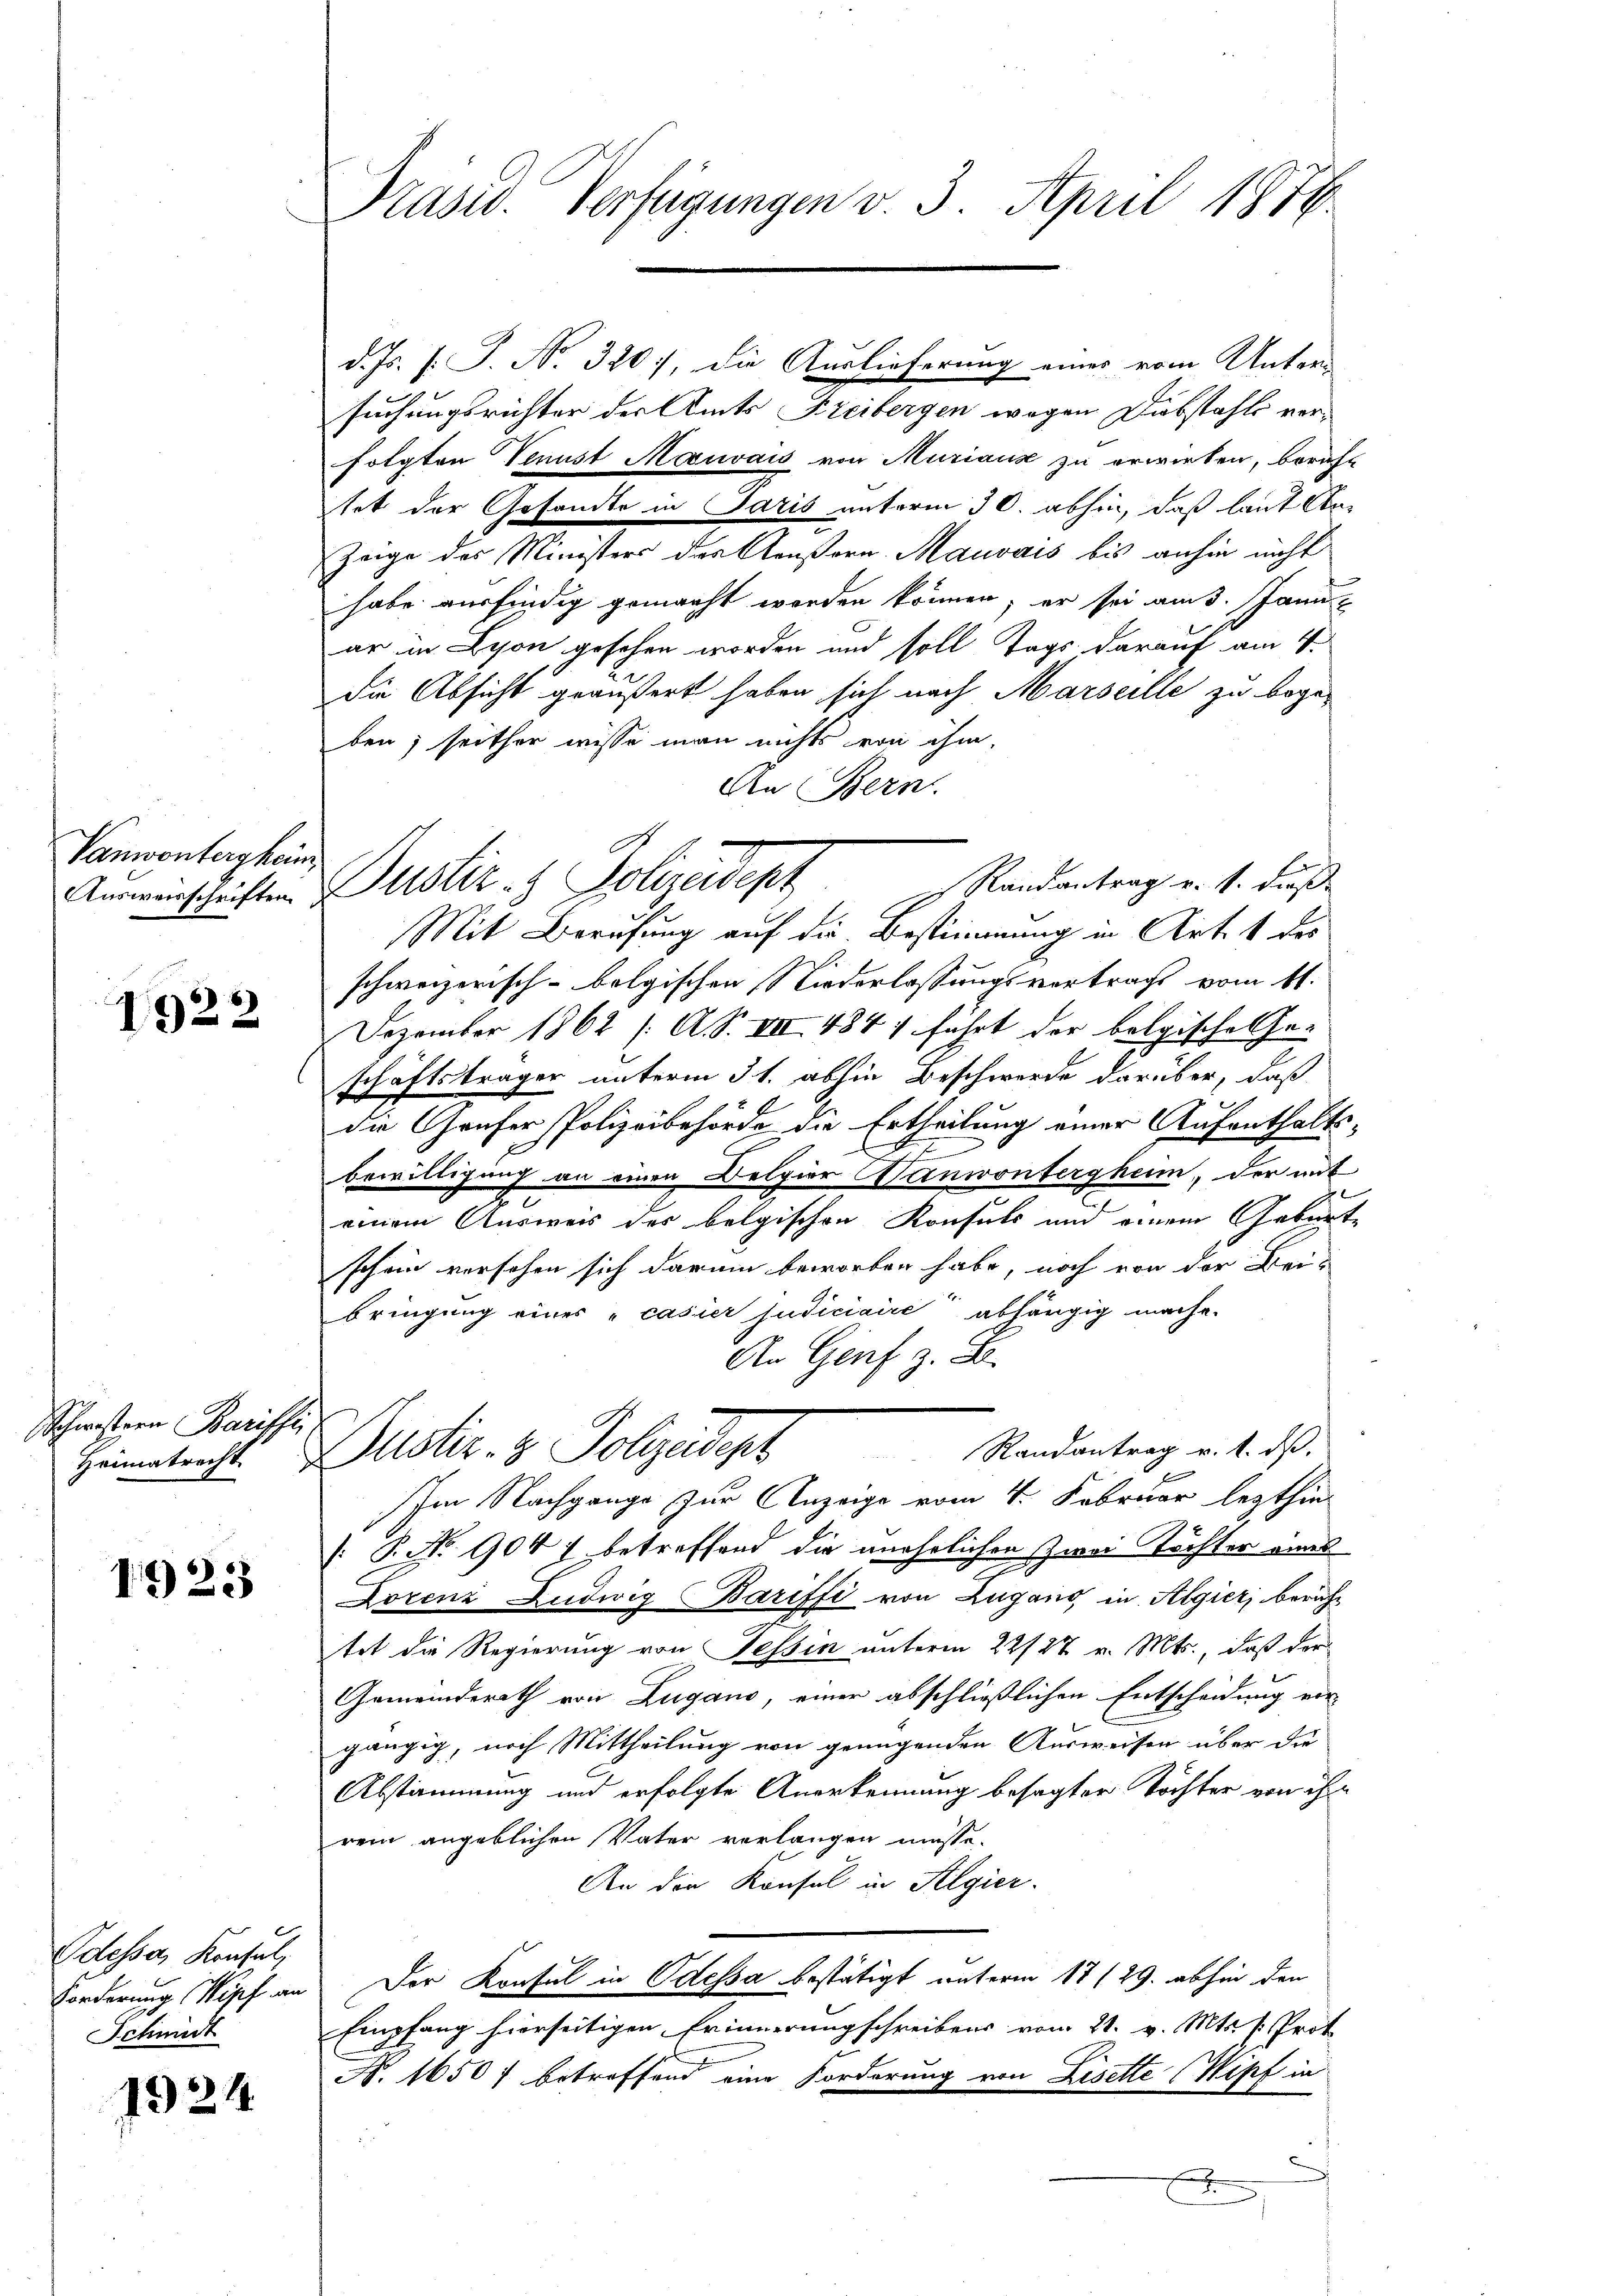
Vanwonberg heim,

1922

Schwestern Parissi

1923

Odessa, Konsul,
Forderung Kipf an
Schmidt

1924

Präsid. Verfügungen v. 3. April 1814.

Ammerschriften u. Ustiz- & Polizeidept

d. Js. f. J. No. 320, die Auslieferung eines vom Unter-
suchungsrichter der Amts Freibergen wegen Diebstahls verfolgten Venust Mouvais von Muriaux zu erwirken, berich
tet der Gesandte in Paris unterm 30. abhin, daß laut An
Zeige des Ministers des Aeußern Mauvais bis anhin nicht
habe ausfindig gemacht worden können; er sei am 3. Jann
ar in Lyon gesehen worden und soll Tags darauf am 1.
die Absicht geäußert haben sich nach Marseille zu begeben; seither wisse man nichts von ihm,
An Bern.
Randantrag v. 1. Fuß
Mit Berufung auf die Bestimmung in Art. 1 des
schweizerisch-belgischen Niederlassungsvertrags vom 11.
Dezember 1862 /: A. S. VIII 484 führt der belgisches Ge-
schäftsträger unterm 31. abhin Beschwerde darüber, daß
die Grufer Polizeibehörde die Ertheilung einer Aufenthalt
bewilligung an einen Belgier Wanwonterghum, der mit
einem Ausweis des belgischen Konsuls und einem Gebur
schein versehen sich darum beworben habe, noch von der Bei-
bringung eines „casier judiciaire abhängig mache.
An Genf z. B.
Randantrag v. 1. ds.
Heimatrecht. Istiz- & Polizeidep
Im Nachgange zur Anzeige vom 4. Februar lezthin
[: P. No. 9047 betreffend die unehelichen Zwei Töchter omel
Lorenz Ludwig Bariffi von Zugano in Algier, beruhe
tet die Regierung von Tessin unterm 22/27. v. Mts., daß der
Gemeinderath von Zugano, einer abschließlichen Entscheidung vor-
gängig, nach Mittheilung von genügenden Ausweisen über die
Abstammung und erfolgte Anerkennung besagter Töchter von ihr
rem angeblichen Vater verlangen müsse.
An die Konsul in Algier
Der Konsul in Odessa bestätigt unterm 17/29. abhin den
Empfang hierseitigen Erinnerungschreibens vom 21. v. Mts. v. Prot
N. 1650 f betreffend eine Forderung von Lisette (Wipf in
x
.
e